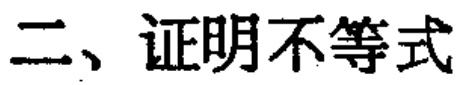
二、证明不等式